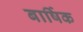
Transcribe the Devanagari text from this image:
बार्षिक